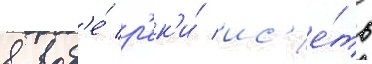
в вод'е́ р'ек'и́ ис'е́ть